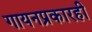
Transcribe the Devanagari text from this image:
गायनप्रकारही